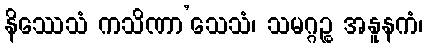
နိဿေသံ ကသိဏာ’သေသံ၊ သမဂ္ဂဉ္စ အနူနကံ၊